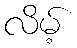
လိမ့်